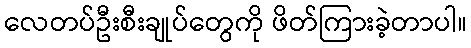
လေတပ်ဦးစီးချုပ်တွေကို ဖိတ်ကြားခဲ့တာပါ။